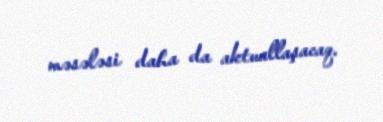
məsələsi daha da aktuallaşacaq.